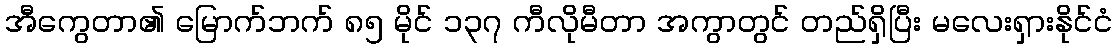
အီကွေတာ၏ မြောက်ဘက် ၈၅ မိုင် ၁၃၇ ကီလိုမီတာ အကွာတွင် တည်ရှိပြီး မလေးရှားနိုင်ငံ